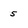
Character: 5